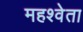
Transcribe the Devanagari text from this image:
महश्वेता